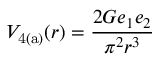
V _ { \mathrm { 4 ( a ) } } ( r ) = \frac { 2 G e _ { 1 } e _ { 2 } } { \pi ^ { 2 } r ^ { 3 } }